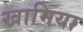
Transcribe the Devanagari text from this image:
खामिया